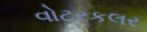
વોટરકલર